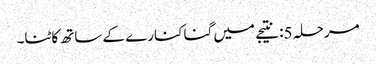
مرحلہ 5: نتیجے میں گنا کنارے کے ساتھ کاٹنا۔